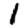
Digit: 1